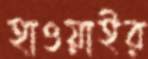
হাওয়াইর